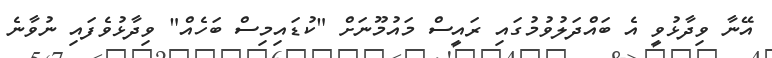
އޭނާ ވިދާޅުވީ އެ ބައްދަލުވުމުގައި ރައީސް މައުމޫނަށް "ކުޑައިމިސް ބަހެއް" ވިދާޅުވެފައި ނުވާނެ